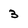
Character: 3